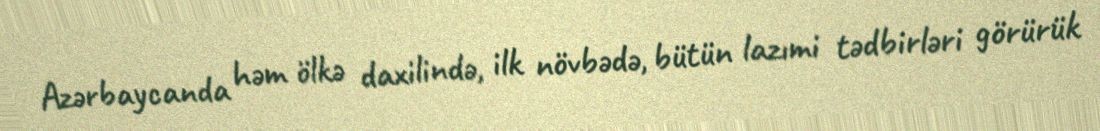
Azərbaycanda həm ölkə daxilində, ilk növbədə, bütün lazımi tədbirləri görürük